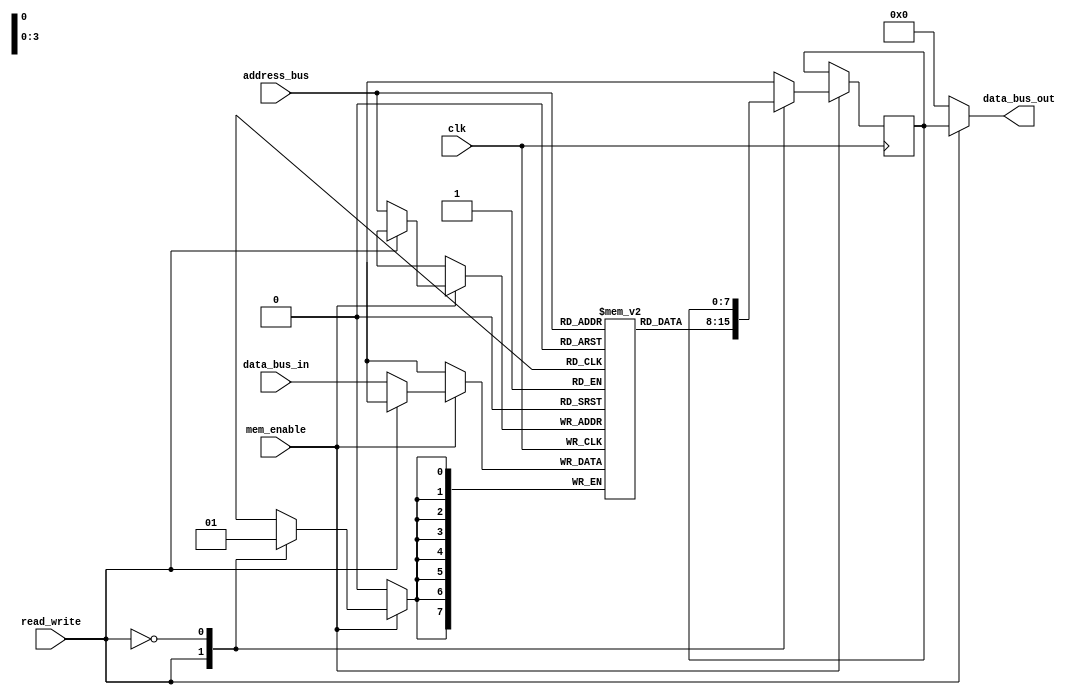
module memory(
    input wire [3:0] address_bus,
    input clk,
    input mem_enable,
    input read_write,
    input wire [7:0] data_bus_in,
    output wire [7:0] data_bus_out
);



reg [7:0] memory_store [15:0];
reg [7:0] temp_reg;

always @(posedge clk) begin
    if (mem_enable) begin
        case (read_write)
            1'b1: begin 
                temp_reg = memory_store[address_bus];     // read;

                $display("READ   - Address=%d, Memory_contents: %d", address_bus, memory_store[address_bus]);
            end
            1'b0: begin 
                memory_store[address_bus] = data_bus_in;     // write
                $display("WRITE   - Address=%d, Memory_contents: %d", address_bus, memory_store[address_bus]);
            end
            default: ;
        endcase
    end
end


assign data_bus_out = (read_write) ? temp_reg : 8'b0000_0000;



endmodule